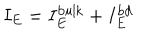
LaTeX: I _ { E } = I _ { E } ^ { \mathrm { b u l k } } + I _ { E } ^ { \mathrm { b d } }